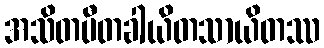
အသိတပီတခါယိတသာယိတဿ